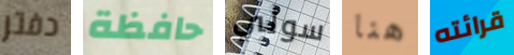
دفتر حافظة سولي هنا قرائته